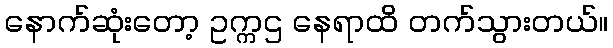
နောက်ဆုံးတော့ ဥက္ကဌ နေရာထိ တက်သွားတယ်။